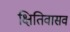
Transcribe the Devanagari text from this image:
क्षितिवासव